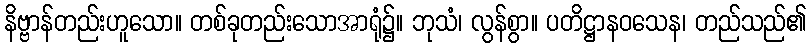
နိဗ္ဗာန်တည်းဟူသော။ တစ်ခုတည်းသောအာရုံ၌။ ဘုသံ၊ လွန်စွာ။ ပတိဋ္ဌာနဝသေန၊ တည်သည်၏